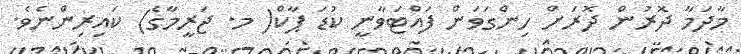
މާދަމާ ދޮރުން ދޮރަށް ހިންގަވަން ފައްޓަވާނީ ކުޑަ ޕާކް( މ. ޖަރީމާގެ) ކައިރިންނެވެ.